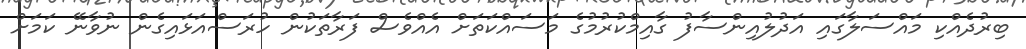
ބިރުދެއްކި މައްސަލާގައި އަދުލުއިންސާފު ގާއިމްކުރުމުގެ މަސައްކަތަށް އެއްވެސް ފަރާތަކުން ހުރަސްއަޅައިގެން ނުވާނޭ ކަމަށް